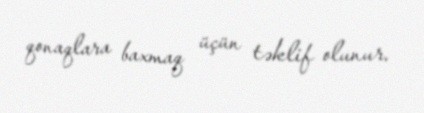
qonaqlara baxmaq üçün təklif olunur.